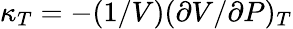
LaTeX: \kappa_{T}=-(1/V)(\partial V/\partial P)_{T}